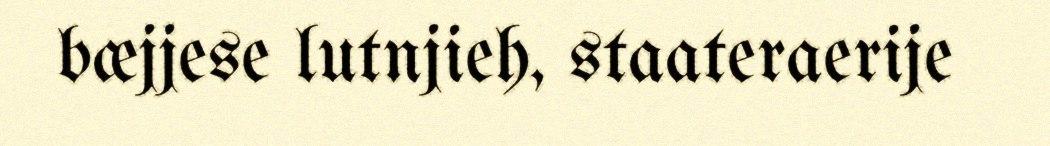
bæjjese lutnjieh, staateraerije